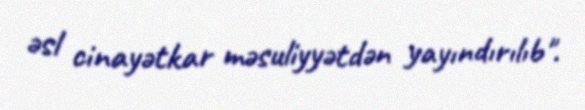
əsl cinayətkar məsuliyyətdən yayındırılıb".